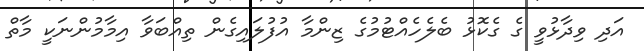
އަދި ވިދާޅުވީ ގެ ގެކޮޅު ބެލެހެއްޓުމުގެ ޒިންމާ އުފުލައިގެން ތިއްބަވާ އިމާމުންނަކީ މާތް